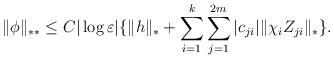
LaTeX: \begin{align*}\|\phi\|_{\ast\ast}\leq C|\log\varepsilon|\{\|h\|_{\ast}+\sum_{i=1}^{k}\sum_{j=1}^{2m}|c_{ji}|\|\chi_{i}Z_{ji}\|_{\ast}\}.\end{align*}